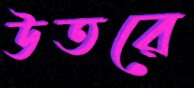
উতরে